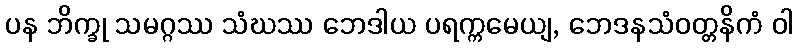
ပန ဘိက္ခု သမဂ္ဂဿ သံဃဿ ဘေဒါယ ပရက္ကမေယျ, ဘေဒနသံဝတ္တနိကံ ဝါ